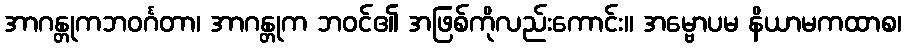
အာဂန္တုကဘဝင်္ဂတာ၊ အာဂန္တုက ဘဝင်၏ အဖြစ်ကိုလည်းကောင်း။ အမ္ဗောပမ နိယာမကထာစ၊